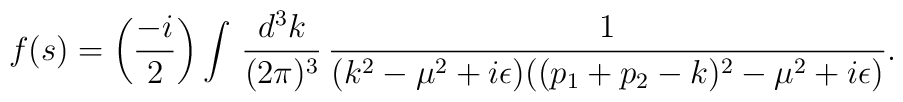
f(s)=\biggl({-i\over 2}\biggr)\int\,{d^3k\over (2\pi)^3}\,{1\over(k^2-\mu^2+i\epsilon)((p_1+p_2-k)^2-\mu^2+i\epsilon)}.